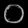
Digit: ၀